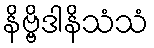
နိဗ္ဗိဒါနိသံသံ